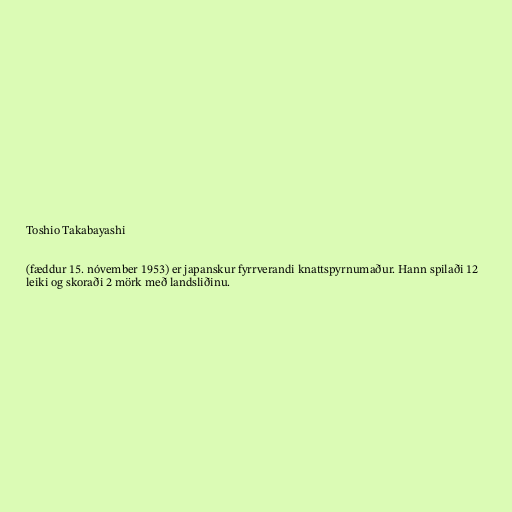
Toshio Takabayashi

(fæddur 15. nóvember 1953) er japanskur fyrrverandi knattspyrnumaður. Hann spilaði 12
leiki og skoraði 2 mörk með landsliðinu.